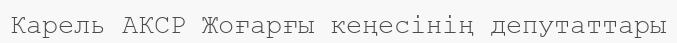
Карель АКСР Жоғарғы кеңесінің депутаттары